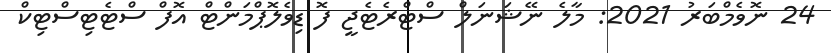
24 ނޮވެމްބަރު 2021: މާލެ ނޭޝަނަލް ސްޓްރެޓެޖީ ފޮ ޑިވެލޮޕްމަންޓް އޮފް ސްޓެޓިސްޓިކް